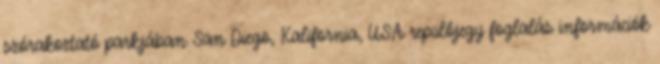
szórakoztató parkjában San Diego, Kalifornia, USA repülőjegy foglalás információk